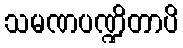
သမဏပဏ္ဍိတာပိ